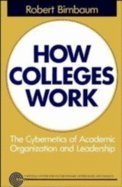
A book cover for How Colleges Work: The Cybernetics of Academic Organization and Leadership; Computers & Technology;